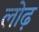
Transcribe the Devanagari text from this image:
लोढ़